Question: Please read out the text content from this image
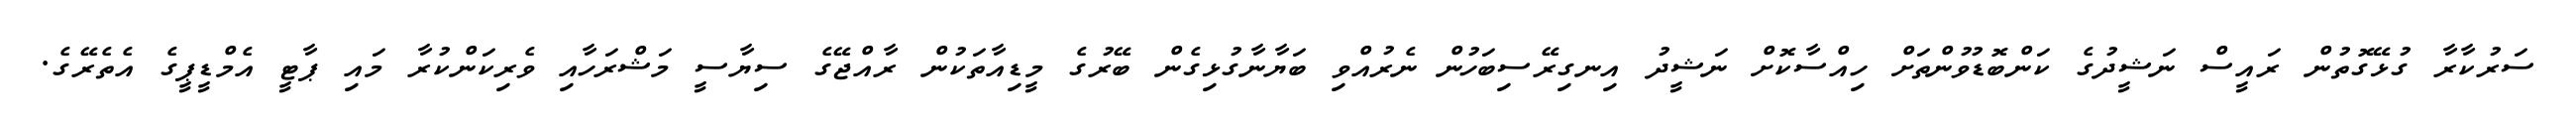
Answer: ސަރުކާރާ ގުޅޭގޮތުން ރައީސް ނަޝީދުގެ ކަންބޮޑުވުންތަށް ހިއްސާކޮށް ނަޝީދު އިނގިރޭސިބަހުން ނެރުއްވި ބަޔާނާގުޅިގެން ބޭރުގެ މީޑިއާތަކުން ރާއްޖޭގެ ސިޔާސީ މަޝްރަހާއި ވެރިކަންކުރާ މައި ޕާޓީ އެމްޑީޕީގެ އެތެރޭގެ.